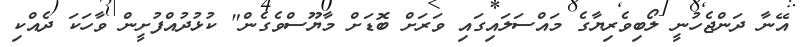
އޭނާ ދަންޖެހުނީ ލޯބިވެރިޔާގެ މައްސަލައިގައި ވަރަށް ބޮޑަށް މާޔޫސްވެގެން" ކުޅުދުއްފުށީން ވާހަކަ ދެއްކި